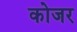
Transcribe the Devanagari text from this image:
कोजर